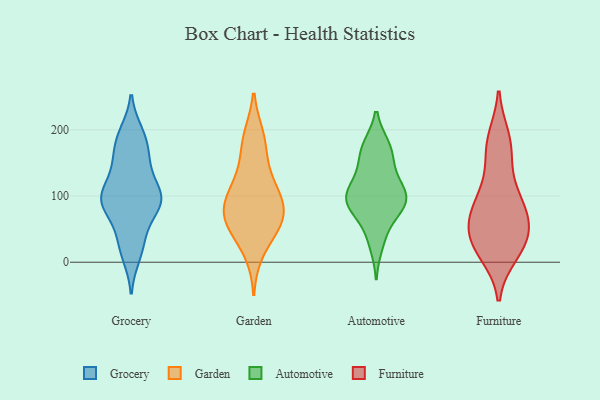
{"axis": {"x": "Churn Rate (%)", "y": "Value"}, "legend": ["Automotive", "Furniture", "Garden", "Grocery"], "data": [{"x": "", "y": 85, "type": "Grocery"}, {"x": "", "y": 149, "type": "Grocery"}, {"x": "", "y": 100, "type": "Grocery"}, {"x": "", "y": 106, "type": "Grocery"}, {"x": "", "y": 89, "type": "Grocery"}, {"x": "", "y": 45, "type": "Grocery"}, {"x": "", "y": 108, "type": "Grocery"}, {"x": "", "y": 145, "type": "Grocery"}, {"x": "", "y": 169, "type": "Grocery"}, {"x": "", "y": 189, "type": "Grocery"}, {"x": "", "y": 195, "type": "Grocery"}, {"x": "", "y": 27, "type": "Grocery"}, {"x": "", "y": 90, "type": "Grocery"}, {"x": "", "y": 87, "type": "Grocery"}, {"x": "", "y": 10, "type": "Grocery"}, {"x": "", "y": 185, "type": "Garden"}, {"x": "", "y": 65, "type": "Garden"}, {"x": "", "y": 149, "type": "Garden"}, {"x": "", "y": 190, "type": "Garden"}, {"x": "", "y": 52, "type": "Garden"}, {"x": "", "y": 122, "type": "Garden"}, {"x": "", "y": 75, "type": "Garden"}, {"x": "", "y": 94, "type": "Garden"}, {"x": "", "y": 104, "type": "Garden"}, {"x": "", "y": 15, "type": "Garden"}, {"x": "", "y": 96, "type": "Garden"}, {"x": "", "y": 61, "type": "Garden"}, {"x": "", "y": 58, "type": "Garden"}, {"x": "", "y": 77, "type": "Automotive"}, {"x": "", "y": 91, "type": "Automotive"}, {"x": "", "y": 171, "type": "Automotive"}, {"x": "", "y": 148, "type": "Automotive"}, {"x": "", "y": 81, "type": "Automotive"}, {"x": "", "y": 109, "type": "Automotive"}, {"x": "", "y": 139, "type": "Automotive"}, {"x": "", "y": 96, "type": "Automotive"}, {"x": "", "y": 91, "type": "Automotive"}, {"x": "", "y": 26, "type": "Automotive"}, {"x": "", "y": 175, "type": "Automotive"}, {"x": "", "y": 95, "type": "Automotive"}, {"x": "", "y": 117, "type": "Automotive"}, {"x": "", "y": 46, "type": "Automotive"}, {"x": "", "y": 103, "type": "Automotive"}, {"x": "", "y": 175, "type": "Automotive"}, {"x": "", "y": 36, "type": "Furniture"}, {"x": "", "y": 186, "type": "Furniture"}, {"x": "", "y": 14, "type": "Furniture"}, {"x": "", "y": 76, "type": "Furniture"}, {"x": "", "y": 64, "type": "Furniture"}, {"x": "", "y": 43, "type": "Furniture"}, {"x": "", "y": 177, "type": "Furniture"}, {"x": "", "y": 93, "type": "Furniture"}, {"x": "", "y": 17, "type": "Furniture"}, {"x": "", "y": 34, "type": "Furniture"}, {"x": "", "y": 126, "type": "Furniture"}, {"x": "", "y": 171, "type": "Furniture"}, {"x": "", "y": 87, "type": "Furniture"}, {"x": "", "y": 34, "type": "Furniture"}, {"x": "", "y": 80, "type": "Furniture"}]}